Source: Handwritten
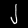
Digit: ၂ (2)